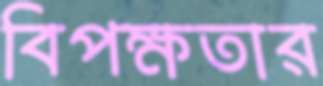
বিপক্ষতার